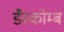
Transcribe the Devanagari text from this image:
डैस्कोम्ब